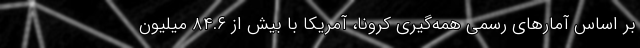
بر اساس آمارهای رسمیِ همه‌گیری کرونا، آمریکا با بیش از ۸۴.۶ میلیون